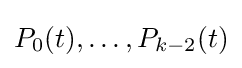
P_{0}(t),\ldots ,P_{k-2}(t)